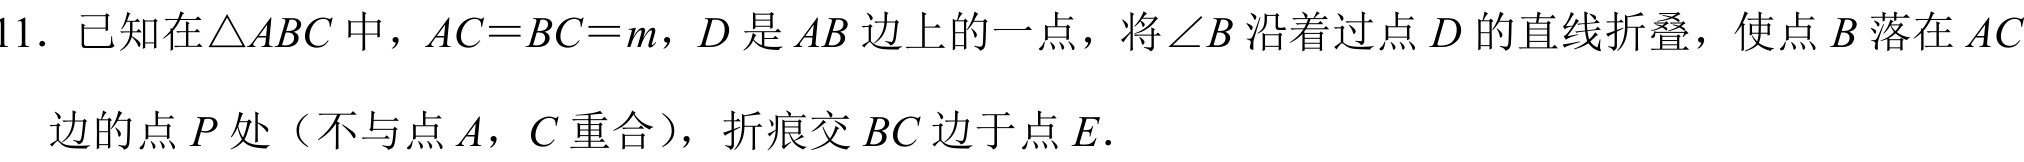
11. 已知在\(\triangle ABC\)中，\(AC = BC = m\)，\(D\)是\(AB\)边上的一点，将\(\angle B\)沿着过点\(D\)的直线折叠，使点\(B\)落在\(AC\)
边的点\(P\)处（不与点\(A\)，\(C\)重合），折痕交\(BC\)边于点\(E\).